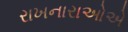
રાખનારાઓએ